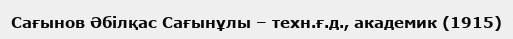
Сағынов Әбілқас Сағынұлы – техн.ғ.д., академик (1915)